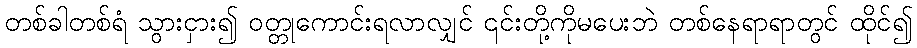
တစ်ခါတစ်ရံ သွားငှား၍ ဝတ္တုကောင်းရလာလျှင် ၎င်းတို့ကိုမပေးဘဲ တစ်နေရာရာတွင် ထိုင်၍